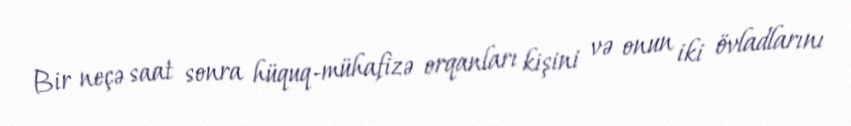
Bir neçə saat sonra hüquq-mühafizə orqanları kişini və onun iki övladlarını